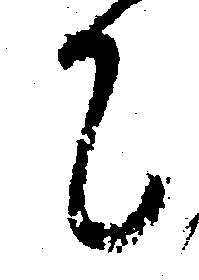
て